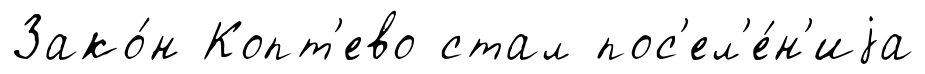
Зако́н Копт'ево стал пос'ел'е́н'иjа